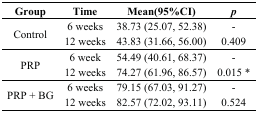
<table><thead><tr><td><b>Group</b></td><td><b>Time</b></td><td><b>Mean(95%CI)</b></td><td><b><i>p</i></b></td></tr></thead><tbody><tr><td rowspan="2">Control</td><td>6 weeks</td><td>38.73 (25.07, 52.38)</td><td>-</td></tr><tr><td>12 weeks</td><td>43.83 (31.66, 56.00)</td><td>0.409</td></tr><tr><td rowspan="2">PRP</td><td>6 week</td><td>54.49 (40.61, 68.37)</td><td>-</td></tr><tr><td>12 weeks</td><td>74.27 (61.96, 86.57)</td><td>0.015 *</td></tr><tr><td rowspan="2">PRP + BG</td><td>6 weeks</td><td>79.15 (67.03, 91.27)</td><td>-</td></tr><tr><td>12 weeks</td><td>82.57 (72.02, 93.11)</td><td>0.524</td></tr></tbody></table>